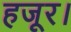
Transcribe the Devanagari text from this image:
हजूर।